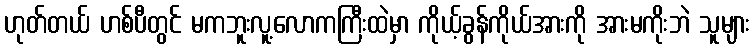
ဟုတ်တယ် ဟစ်ပီတွင် မကဘူးလူ့လောကကြီးထဲမှာ ကိုယ့်ခွန်ကိုယ်အားကို အားမကိုးဘဲ သူများ